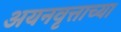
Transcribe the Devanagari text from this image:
अयनवृत्ताच्या